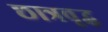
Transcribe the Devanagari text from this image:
छात्रवृद्ध